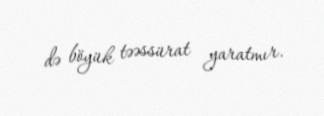
də böyük təəssürat yaratmır.